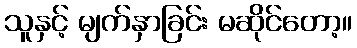
သူနှင့် မျက်နှာခြင်း မဆိုင်တော့။